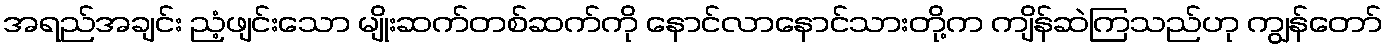
အရည်အချင်း ညံ့ဖျင်းသော မျိုးဆက်တစ်ဆက်ကို နောင်လာနောင်သားတို့က ကျိန်ဆဲကြသည်ဟု ကျွန်တော်